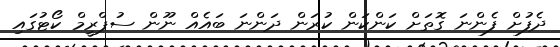
ދެފުށް ފެންނަ ގޮތަށް ކަންކަން ކުރަން ދަންނަ ބައެއް ނޫން ސުޕްރީމް ކޯޓުގައި